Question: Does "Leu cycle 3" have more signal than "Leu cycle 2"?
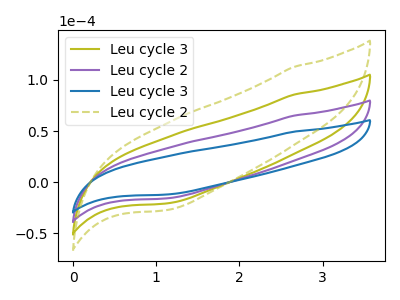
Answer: <think>The olive curve "Leu cycle 3" has no peaks. The purple curve "Leu cycle 2" has no peaks. The blue curve "Leu cycle 3" has no peaks. The olive dashed curve "Leu cycle 2" has no peaks.
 Neither "Leu cycle 3" or "Leu cycle 2" have any peaks.</think>
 <answer>I cant tell if "Leu cycle 3" or "Leu cycle 2" has more signal.</answer>
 <eval>mixed_signal</eval>